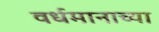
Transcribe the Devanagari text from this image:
वर्धमानाच्या